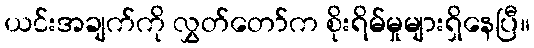
ယင်းအချက်ကို လွှတ်တော်က စိုးရိမ်မှုများရှိနေပြီ။